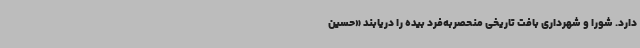
دارد. شورا و شهرداری بافت تاریخی منحصربه‌فرد بیده را دریابند «حسین